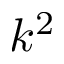
k ^ { 2 }